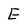
Character: E